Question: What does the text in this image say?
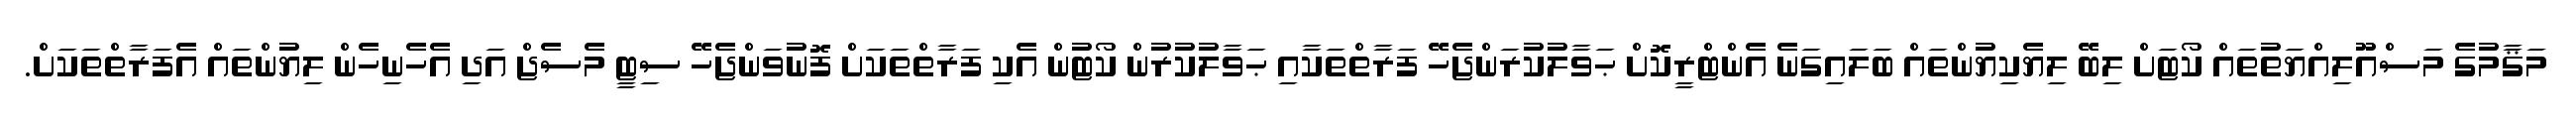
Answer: މަޤާމުގެ މަސްއޫލިއްޔަތުތައް ކޯޓަށް ލިބޭ ލިޔެކިޔުންތައް ބަލައިގަނެ އެންޓްރީކޮށް ޙަވާލުކުރަންޖެހޭ ފަރާތްތަކާއި ޙަވާލުކުރުން ކޯޓުން އެކި ފަރާތްތަކަށް ފޮނުވަންޖެހޭ ސިޓީ މެސެޖް އަދި އެހެނިހެން ލިޔުންތައް އެފަރާތްތަކަށް.